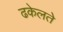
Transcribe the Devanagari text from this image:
ढकेलते